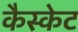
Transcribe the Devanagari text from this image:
कैस्केट